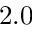
2 . 0